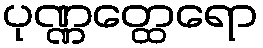
ပုဏ္ဏတ္ထေရော